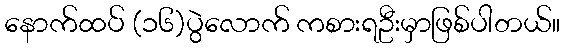
နောက်ထပ် (၁၆)ပွဲလောက် ကစားရဦးမှာဖြစ်ပါတယ်။